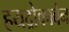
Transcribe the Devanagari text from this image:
हयद्रोकार्बन